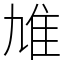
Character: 䧱